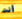
أنت